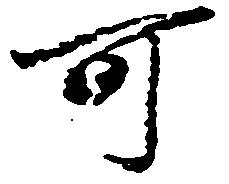
可